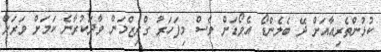
ކުޅުންތެރިއާއަށް ދޭ ބެލެންޑޯ އެވޯޑަށް ވެސް މިފަހަރު ގްރިޒްމަން ވާދަކުރާނެ ކަމަށް ވަރަށް